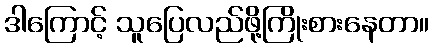
ဒါကြောင့် သူပြေလည်ဖို့ကြိုးစားနေတာ။